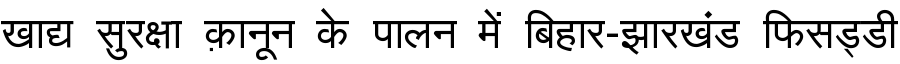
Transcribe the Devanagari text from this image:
खाद्य सुरक्षा क़ानून के पालन में बिहार-झारखंड फिसड्डी